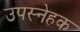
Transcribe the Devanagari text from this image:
उपस्नेहक